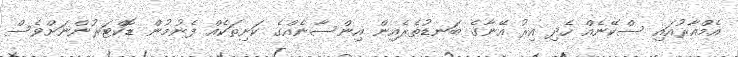
އެމްއާރުއައި ސްކޭނެއް ހެދި އިރު އޭނާގެ ބަނޑުތެރެއިން އިންސާނެއްގެ ކަށިތަކެއް ފެނުމުން ޑޮކްޓަރުންނަށްވެސް